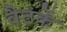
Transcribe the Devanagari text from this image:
वैठकें